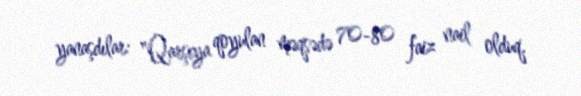
yanaşdılar: "Qarşıya qoyulan məqsədə 70-80 faiz nail olduq.